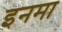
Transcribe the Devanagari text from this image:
इनमा